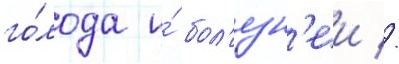
го́лода и́ бол'езн'еи //